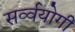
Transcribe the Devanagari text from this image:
सर्व्वयोगी